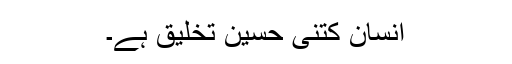
انسان کتنی حسین تخلیق ہے۔